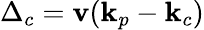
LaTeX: \Delta_{c}=\mathbf{v}(\textbf{{k}}_{p}-\textbf{{k}}_{c})